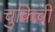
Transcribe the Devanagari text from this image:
चुकिची